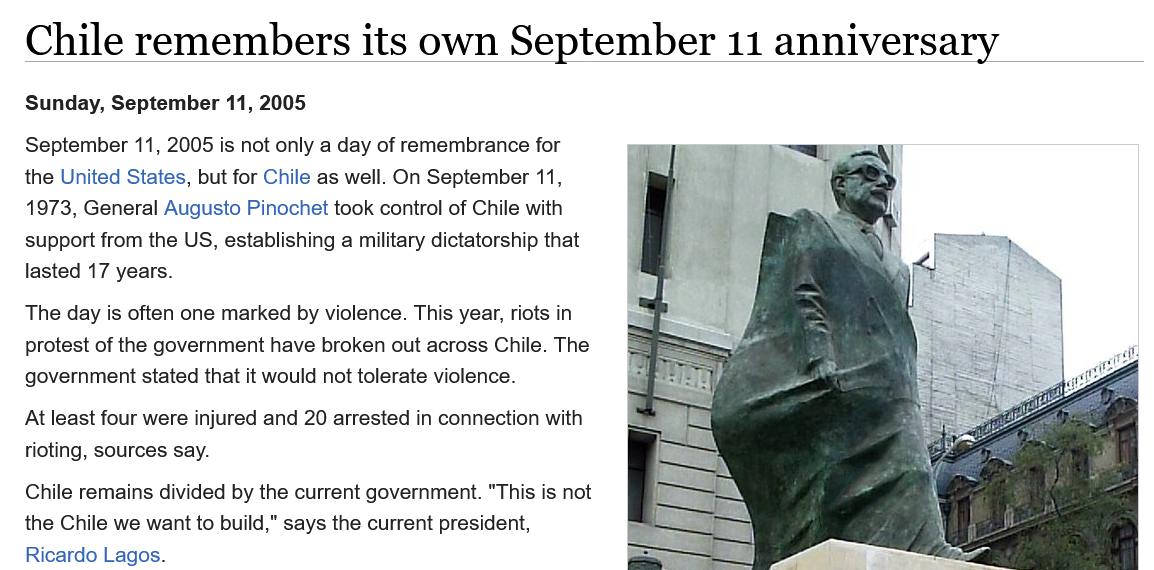
The day is often one marked by violence. This year, riots in
   protest of the government have broken out across Chile. The
   government stated that it would not tolerate violence.
   At least four were injured and 20 arrested in connection with
   rioting, sources say.
   September 11, 2005 is not only a day of remembrance for
   the United States, but for Chile as well. On September 11,
   1973, General Augusto Pinochet took control of Chile with
   support from the US, establishing a military dictatorship that
   lasted 17 years.
   Sunday, September 11,  2005
   Chile remains divided by the current government. "This is not
   the Chile we want to build,” says the current president,
   Ricardo Lagos.
   Chile    remembers    its   own    September    11    anniversary